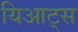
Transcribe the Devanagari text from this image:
यिआट्स